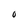
Character: 0